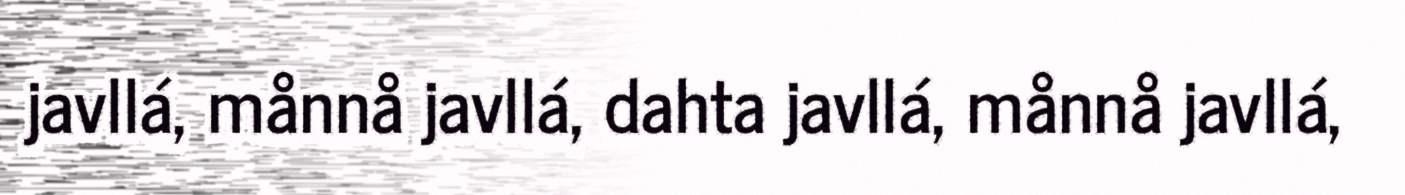
javllá, månnå javllá, dahta javllá, månnå javllá,